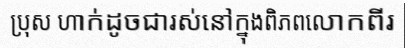
ប្រុស ហាក់ដូចជារស់នៅក្នុងពិភពលោកពីរ